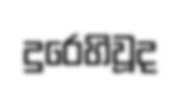
දුරෙහිවූද